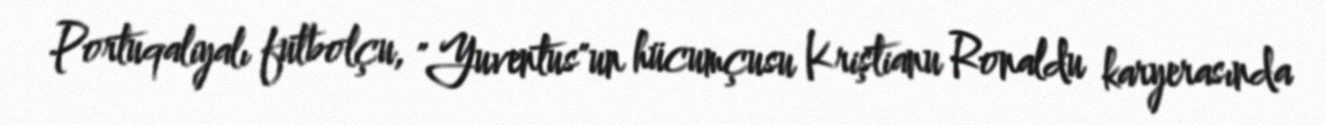
Portuqaliyalı futbolçu, "Yuventus"un hücumçusu Kriştianu Ronaldu karyerasında